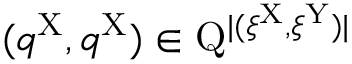
( q ^ { \mathrm { X } } , q ^ { \mathrm { X } } ) \in \mathrm { Q } ^ { | ( \xi ^ { \mathrm { X } } , \xi ^ { \mathrm { Y } } ) | }